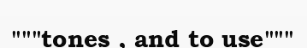
"""tones , and to use"""